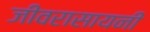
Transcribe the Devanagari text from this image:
जीवरासायनी